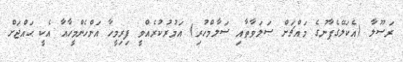
ރަސޫލާ (އެކަލޭގެފާނުގެ މައްޗަށް ޞަލަވާތާއި ސަލާމްހުރި) އަމުރުކުރެއްވީ ފިރިމީހާ އަންހެންމީހާއާ އެކީ ޙައްޖަށް